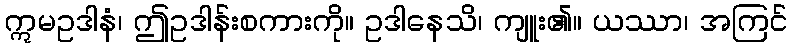
ဣမဥဒါနံ၊ ဤဥဒါန်းစကားကို။ ဥဒါနေသိ၊ ကျူး၏။ ယဿာ၊ အကြင်